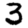
Digit: 3